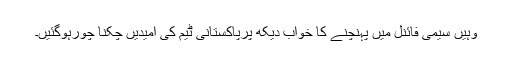
وہیں سیمی فائنل میں پہنچنے کا خواب دیکھ پرپاکستانی ٹیم کی امیدیں چکنا چورہوگئیں۔